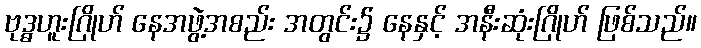
ဗုဒ္ဓဟူးဂြိုဟ် နေအဖွဲ့အစည်း အတွင်း၌ နေနှင့် အနီးဆုံးဂြိုဟ် ဖြစ်သည်။